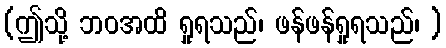
(ဤသို့ ဘဝအထိ ရှုရသည်၊ ဖန်ဖန်ရှုရသည်၊ )